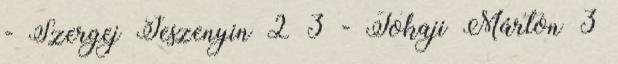
- Szergej Jeszenyin 2 3 - Tokaji Márton 3